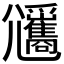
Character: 𡰡